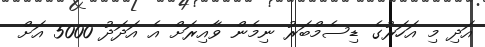
އަދި މި އަހަރުގެ ޑިސެމްބަރު ނިމެން ވާއިރަށް އެ އަދަދު 5000 އަށް